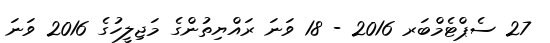
27 ސެޕްޓެމްބަރ 2016 - 18 ވަނަ ރައްޔިތުންގެ މަޖިލީހުގެ 2016 ވަނަ